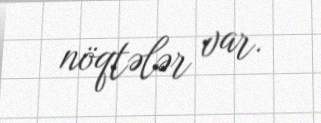
nöqtələr var.